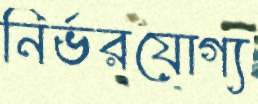
নির্ভরযোগ্য